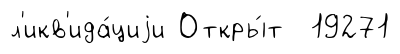
л'икв'ида́циjи Откры́т 19271